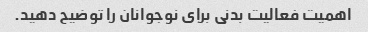
اهمیت فعالیت بدنی برای نوجوانان را توضیح دهید.